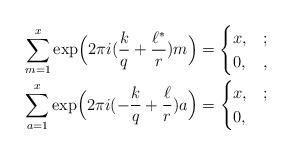
LaTeX: \begin{align*}&\sum_{m=1}^x \exp \Bigl(2 \pi i (\frac{k}{q}+\frac{\ell^*}{r})m \Bigr)=\begin{cases} x, & ; \\ 0, & , \end{cases} \\&\sum_{a=1}^x \exp \Bigl(2 \pi i (-\frac{k}{q}+\frac{\ell}{r})a \Bigr)=\begin{cases} x, & ; \\ 0, & \end{cases} \end{align*}